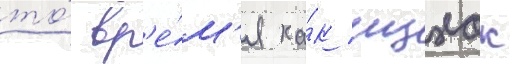
то́ вр'е́м'я ка́к ицхак